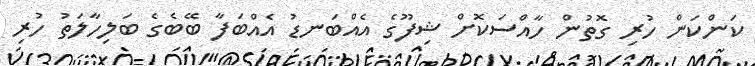
ކަންކަން ހުރި ގޮތުން ހާއްސަކޮށް ޝިފޫގެ އެއްބަނޑު އެއްބަފާ ބޭބެގެ ބަލިހާލަތު ހުރި